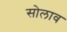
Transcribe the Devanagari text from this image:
सोलाव